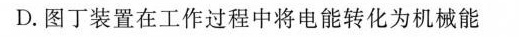
D.图丁装置在工作过程中将电能转化为机械能